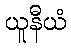
ယူနီယံ